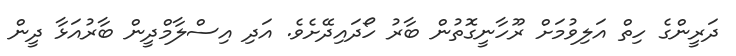
ދަރީންގެ ހިތް އަލިވުމަށް ރޫހާނީގޮތުން ބާރު ހޯދައިދޭށެވެ. އަދި އިސްލާމްދީން ބާރުއަޅާ ދީން